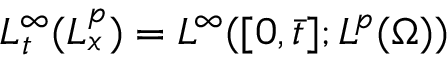
L _ { t } ^ { \infty } ( L _ { x } ^ { p } ) = L ^ { \infty } ( [ 0 , \bar { t } ] ; L ^ { p } ( \Omega ) )